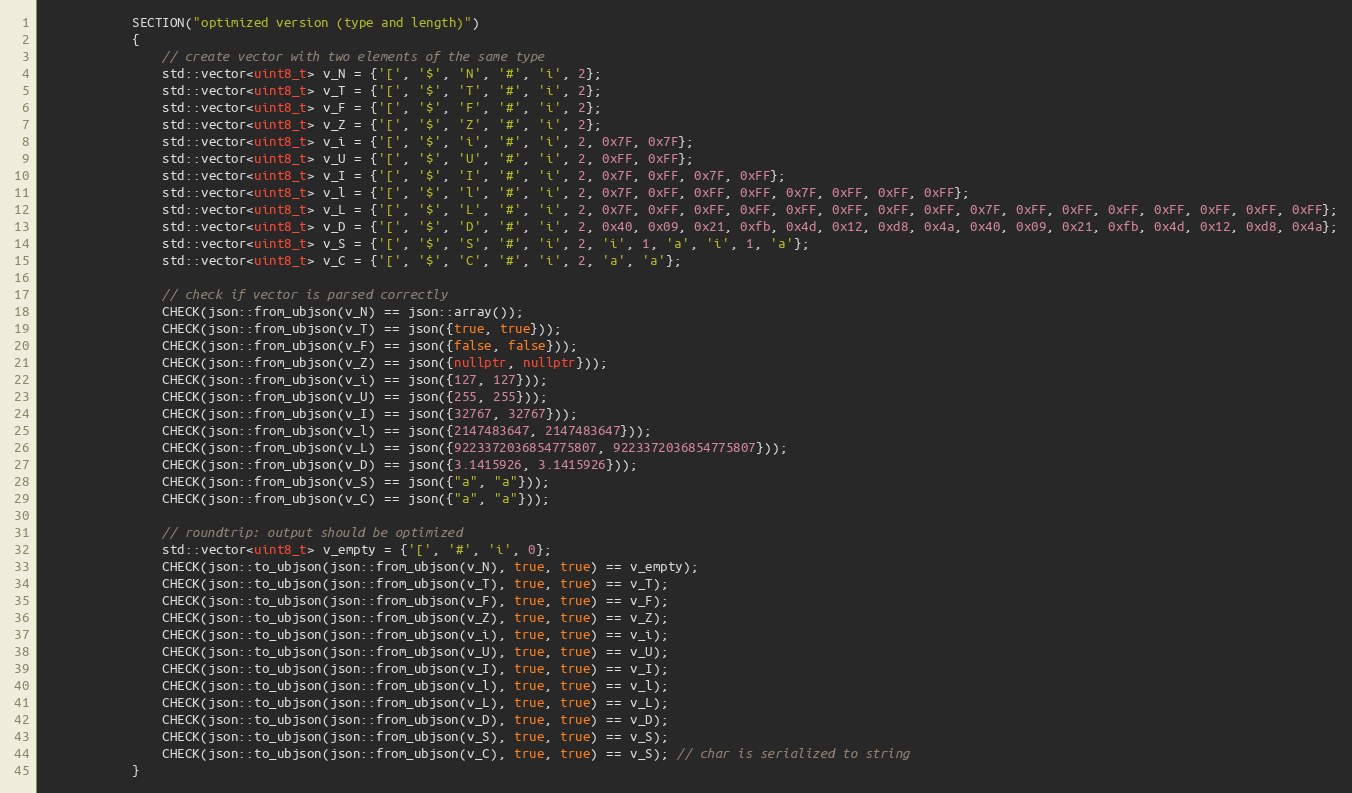
Language: C++
            SECTION("optimized version (type and length)")
            {
                // create vector with two elements of the same type
                std::vector<uint8_t> v_N = {'[', '$', 'N', '#', 'i', 2};
                std::vector<uint8_t> v_T = {'[', '$', 'T', '#', 'i', 2};
                std::vector<uint8_t> v_F = {'[', '$', 'F', '#', 'i', 2};
                std::vector<uint8_t> v_Z = {'[', '$', 'Z', '#', 'i', 2};
                std::vector<uint8_t> v_i = {'[', '$', 'i', '#', 'i', 2, 0x7F, 0x7F};
                std::vector<uint8_t> v_U = {'[', '$', 'U', '#', 'i', 2, 0xFF, 0xFF};
                std::vector<uint8_t> v_I = {'[', '$', 'I', '#', 'i', 2, 0x7F, 0xFF, 0x7F, 0xFF};
                std::vector<uint8_t> v_l = {'[', '$', 'l', '#', 'i', 2, 0x7F, 0xFF, 0xFF, 0xFF, 0x7F, 0xFF, 0xFF, 0xFF};
                std::vector<uint8_t> v_L = {'[', '$', 'L', '#', 'i', 2, 0x7F, 0xFF, 0xFF, 0xFF, 0xFF, 0xFF, 0xFF, 0xFF, 0x7F, 0xFF, 0xFF, 0xFF, 0xFF, 0xFF, 0xFF, 0xFF};
                std::vector<uint8_t> v_D = {'[', '$', 'D', '#', 'i', 2, 0x40, 0x09, 0x21, 0xfb, 0x4d, 0x12, 0xd8, 0x4a, 0x40, 0x09, 0x21, 0xfb, 0x4d, 0x12, 0xd8, 0x4a};
                std::vector<uint8_t> v_S = {'[', '$', 'S', '#', 'i', 2, 'i', 1, 'a', 'i', 1, 'a'};
                std::vector<uint8_t> v_C = {'[', '$', 'C', '#', 'i', 2, 'a', 'a'};

                // check if vector is parsed correctly
                CHECK(json::from_ubjson(v_N) == json::array());
                CHECK(json::from_ubjson(v_T) == json({true, true}));
                CHECK(json::from_ubjson(v_F) == json({false, false}));
                CHECK(json::from_ubjson(v_Z) == json({nullptr, nullptr}));
                CHECK(json::from_ubjson(v_i) == json({127, 127}));
                CHECK(json::from_ubjson(v_U) == json({255, 255}));
                CHECK(json::from_ubjson(v_I) == json({32767, 32767}));
                CHECK(json::from_ubjson(v_l) == json({2147483647, 2147483647}));
                CHECK(json::from_ubjson(v_L) == json({9223372036854775807, 9223372036854775807}));
                CHECK(json::from_ubjson(v_D) == json({3.1415926, 3.1415926}));
                CHECK(json::from_ubjson(v_S) == json({"a", "a"}));
                CHECK(json::from_ubjson(v_C) == json({"a", "a"}));

                // roundtrip: output should be optimized
                std::vector<uint8_t> v_empty = {'[', '#', 'i', 0};
                CHECK(json::to_ubjson(json::from_ubjson(v_N), true, true) == v_empty);
                CHECK(json::to_ubjson(json::from_ubjson(v_T), true, true) == v_T);
                CHECK(json::to_ubjson(json::from_ubjson(v_F), true, true) == v_F);
                CHECK(json::to_ubjson(json::from_ubjson(v_Z), true, true) == v_Z);
                CHECK(json::to_ubjson(json::from_ubjson(v_i), true, true) == v_i);
                CHECK(json::to_ubjson(json::from_ubjson(v_U), true, true) == v_U);
                CHECK(json::to_ubjson(json::from_ubjson(v_I), true, true) == v_I);
                CHECK(json::to_ubjson(json::from_ubjson(v_l), true, true) == v_l);
                CHECK(json::to_ubjson(json::from_ubjson(v_L), true, true) == v_L);
                CHECK(json::to_ubjson(json::from_ubjson(v_D), true, true) == v_D);
                CHECK(json::to_ubjson(json::from_ubjson(v_S), true, true) == v_S);
                CHECK(json::to_ubjson(json::from_ubjson(v_C), true, true) == v_S); // char is serialized to string
            }